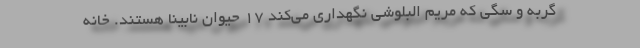
گربه و سگی که مریم البلوشی نگهداری می‌کند ۱۷ حیوان نابینا هستند. خانه